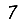
Digit: 7